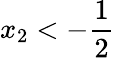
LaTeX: x_{2}<-\frac{1}{2}